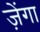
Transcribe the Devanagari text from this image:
ज़ेंगा